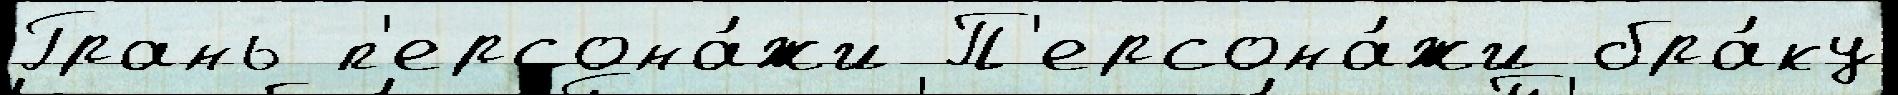
Грань п'ерсона́жи П'ерсона́жи бра́ку